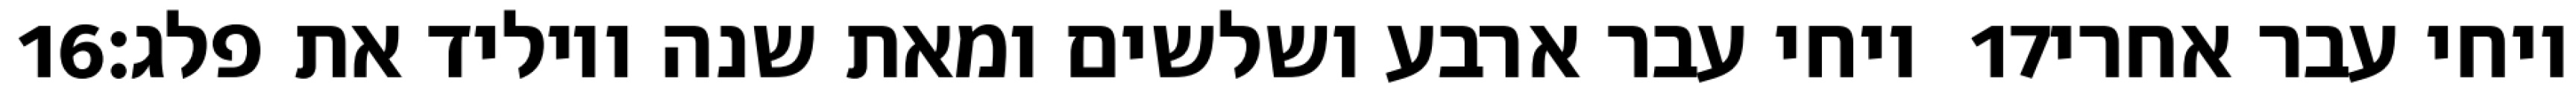
‎16‏ ויחי עבר ארבע ושלשים ומאת שנה ויוליד את פלג׃ ‎17‏ ויחי עבר אחרי